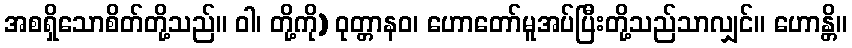
အစရှိသောစိတ်တို့သည်။ ဝါ၊ တို့ကို) ဝုတ္တာနဝ၊ ဟောတော်မူအပ်ပြီးတို့သည်သာလျှင်။ ဟောန္တိ။